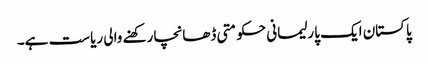
پاکستان ایک پارلیمانی حکومتی ڈھانچا رکھنے والی ریاست ہے۔